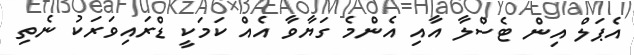
އެޕަލް އިން ޓެސްލާ އާއި އެންމެ ގަޔާވާ އެއް ކަމަކީ ޑްރައިވަރަކު ނެތި